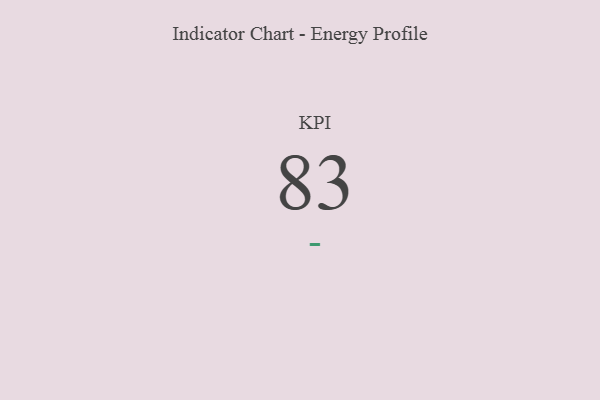
{"axis": {"x": "KPI", "y": "Value"}, "legend": [""], "data": [{"x": "KPI", "y": 83, "type": ""}]}